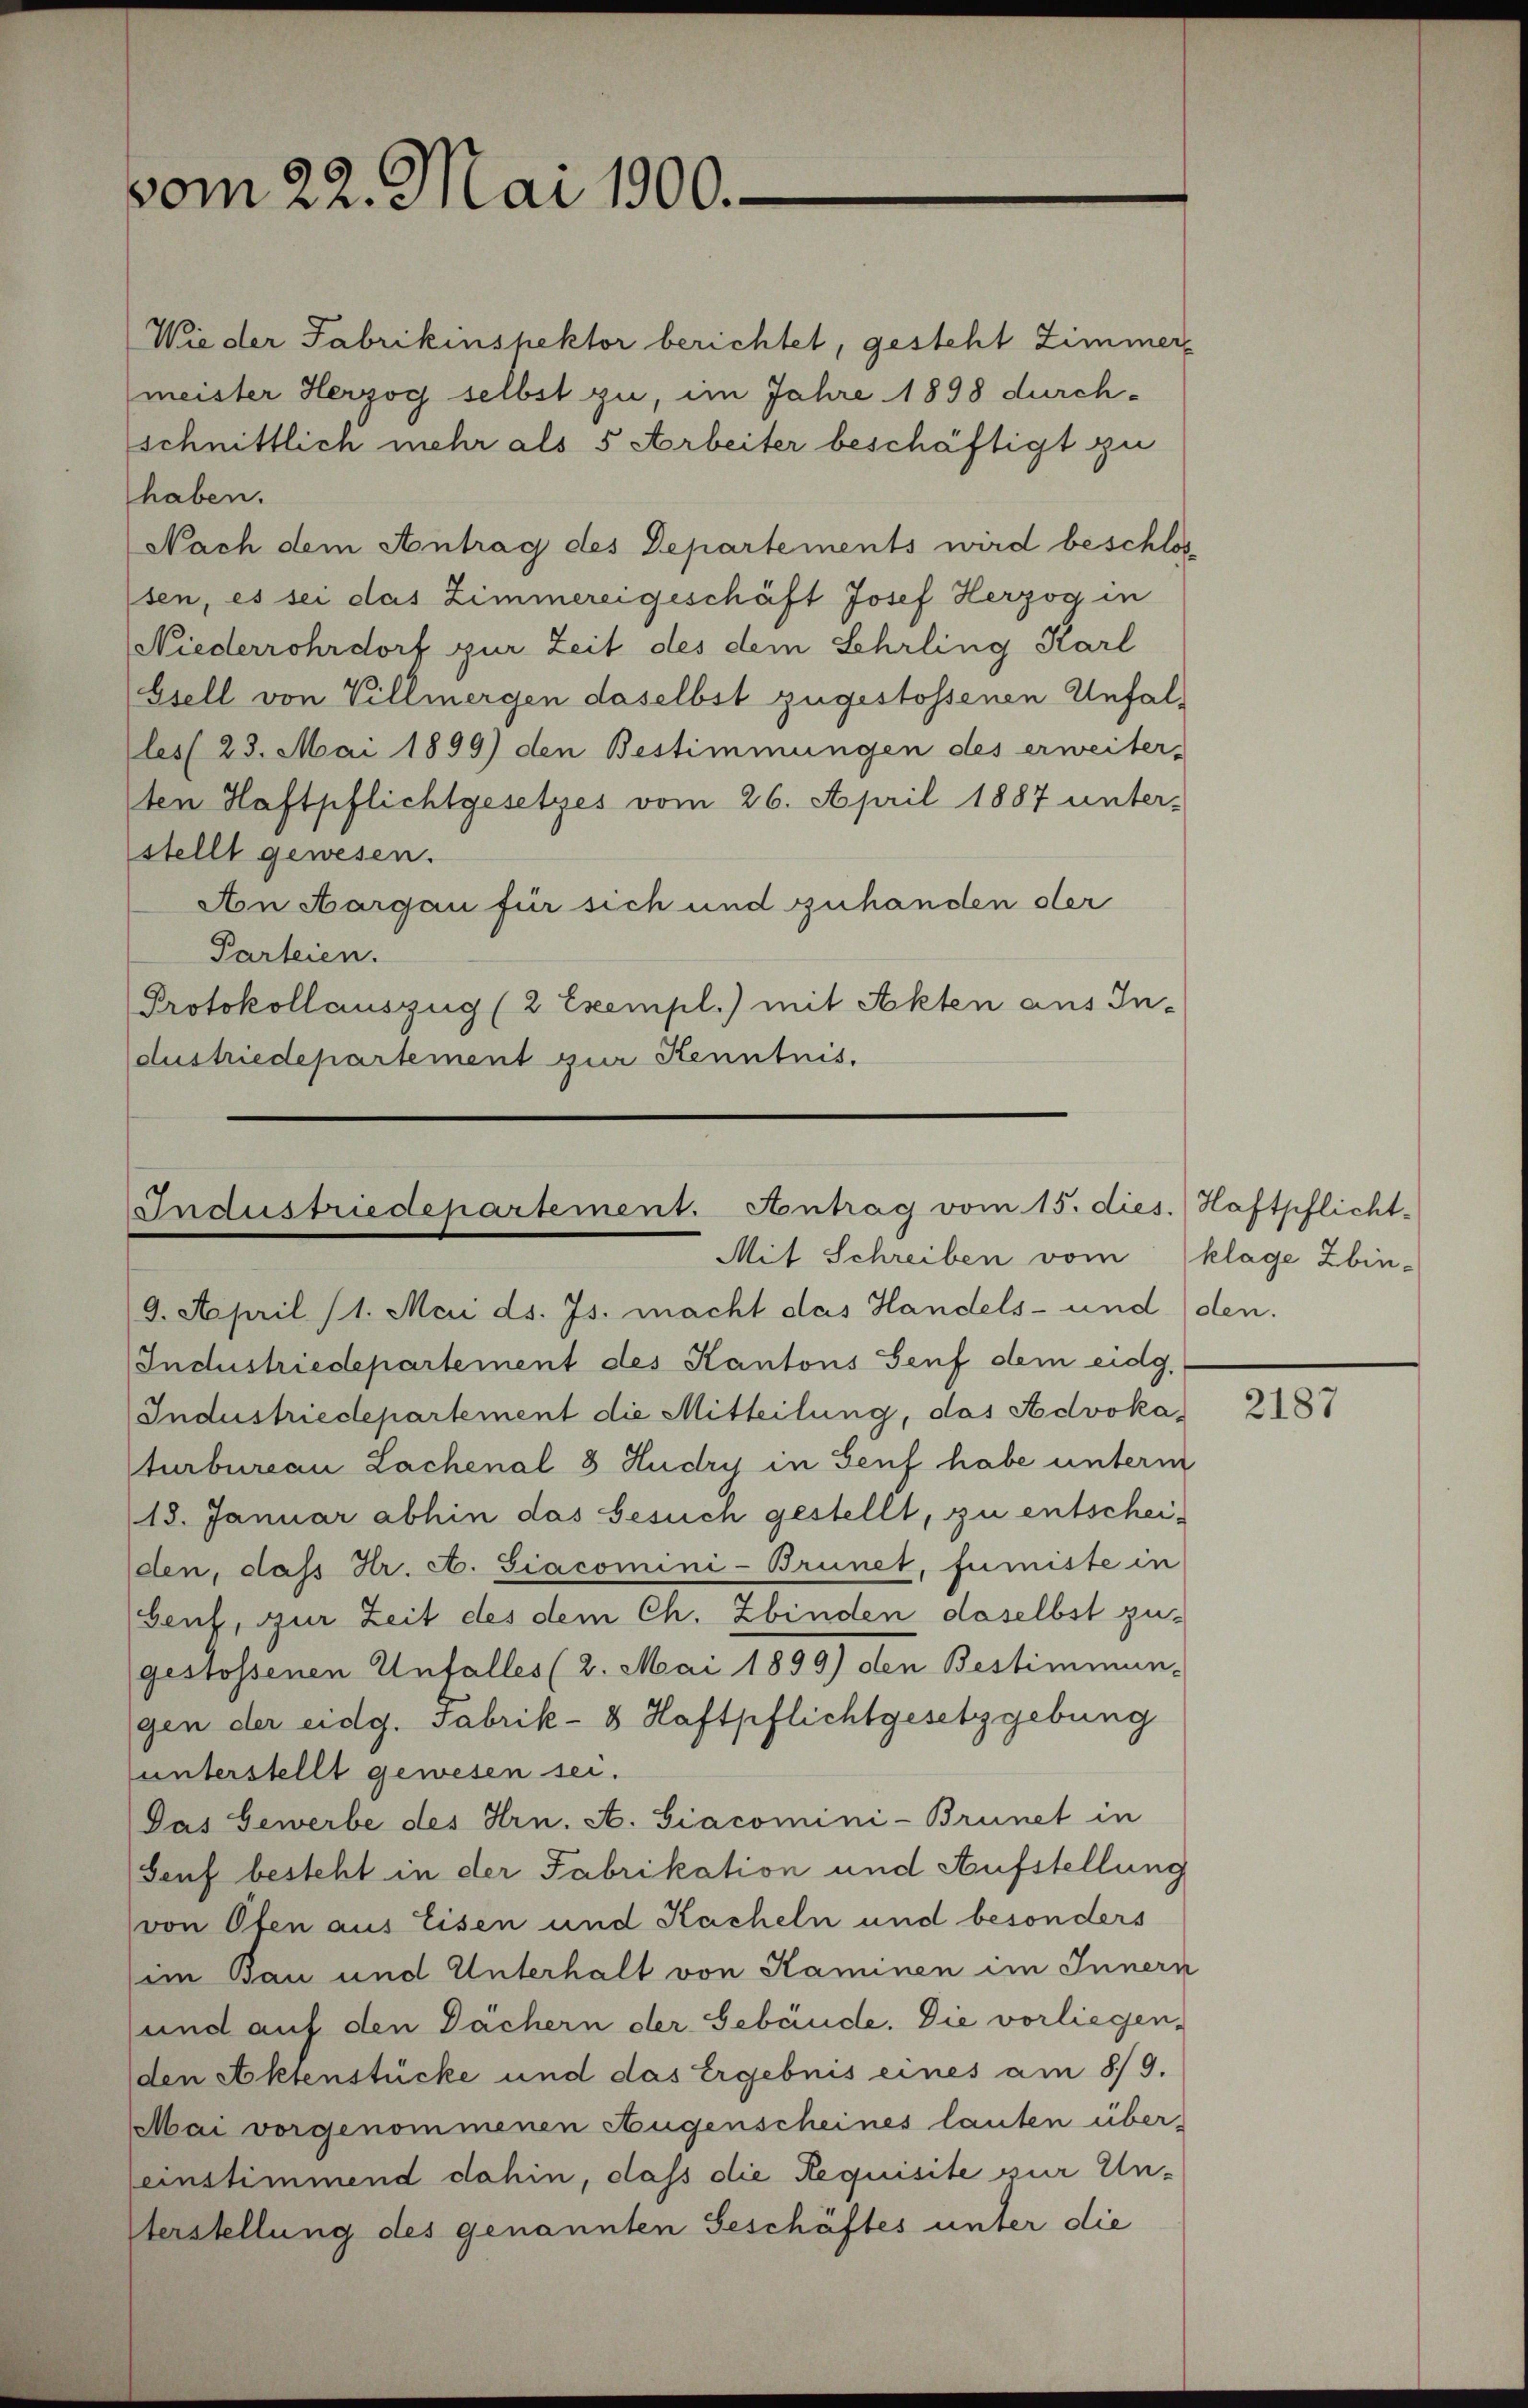
vom 22. Mai 1900.

Wie der Fabrikinspektor berichtet, gesteht Zimmer-
meister Herzog selbst zu, im Jahre 1898 durchschnittlich mehr als 5 Arbeiter beschäftigt zu
haben.
Nach dem Antrag des Departements wird beschlos
sen, es sei das Zimmereigeschäft Josef Herzog in
Niederrohrdorf zur Zeit des dem Sehrling Karl
Gsell von Villmergen daselbst zugestossenen Unfalles 23. Mai 1899) den Bestimmungen des erweiter-
ten Haftpflichtgesetzes vom 26. April 1887 unter-
stellt gewesen.
Aon Aargau für sich und zuhanden der
Parteien.
Protokollauszug (2 Exempl.) mit Akten aus In-
dustriedepartement zur Kenntnis.

Industriedepartement. Antrag vom 15. dies
Mit Schreiben vom klage Zbin-

9. April (1. Mai ds. Js. macht das Handels- und den
Industriedepartement des Kantons Senf dem eidg.
Industriedepartement die Mitteilung, das Advoka
turbureau Lachenal 8 Hudry in Senf habe unterm
18. Januar abhin das Gesuch gestellt, zu entscheiden, daß Hr. A. Siacomini-Brunet, fumiste in
Genf, zur Zeit des dem Ch. Zbinden daselbst zugestossenen Unfalles (2. Mai 1899) den Bestimmun-
gen der eidg. Fabrik- 8 Haftpflichtgesetzgebung
unterstellt gewesen sei.
Das Gewerbe des Hrn. A. Giacomini-Brunet in
Genf besteht in der Fabrikation und Aufstellung
von Ofen aus Eisen und Kacheln und besonders
im Bau und Unterhalt von Kaminen im Innern
und auf den Dächern der Gebäude. Die vorliegen,
den Aktenstücke und das Ergebnis eines am 8./9.
Mai vorgenommenen Augenscheines lauten über-
einstimmend dahin, dass die Requisite zur Unterstellung des genannten Geschäftes unter die

Haftpflicht.
1.

2187